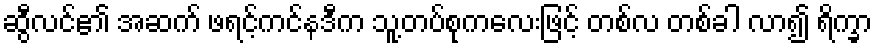
ဆွီလင်၏ အဆက် ဖရင့်ကင်နဒီက သူ့တပ်စုကလေးဖြင့် တစ်လ တစ်ခါ လာ၍ ရိက္ခာ